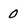
Character: 0